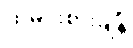
ထမင်းစားချိန်